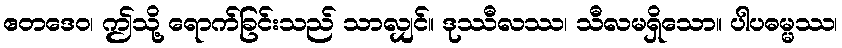
ဧတဒေဝ၊ ဤသို့ ရောက်ခြင်းသည် သာလျှင်။ ဒုဿီလဿ၊ သီလမရှိသော။ ပါပဓမ္မဿ၊